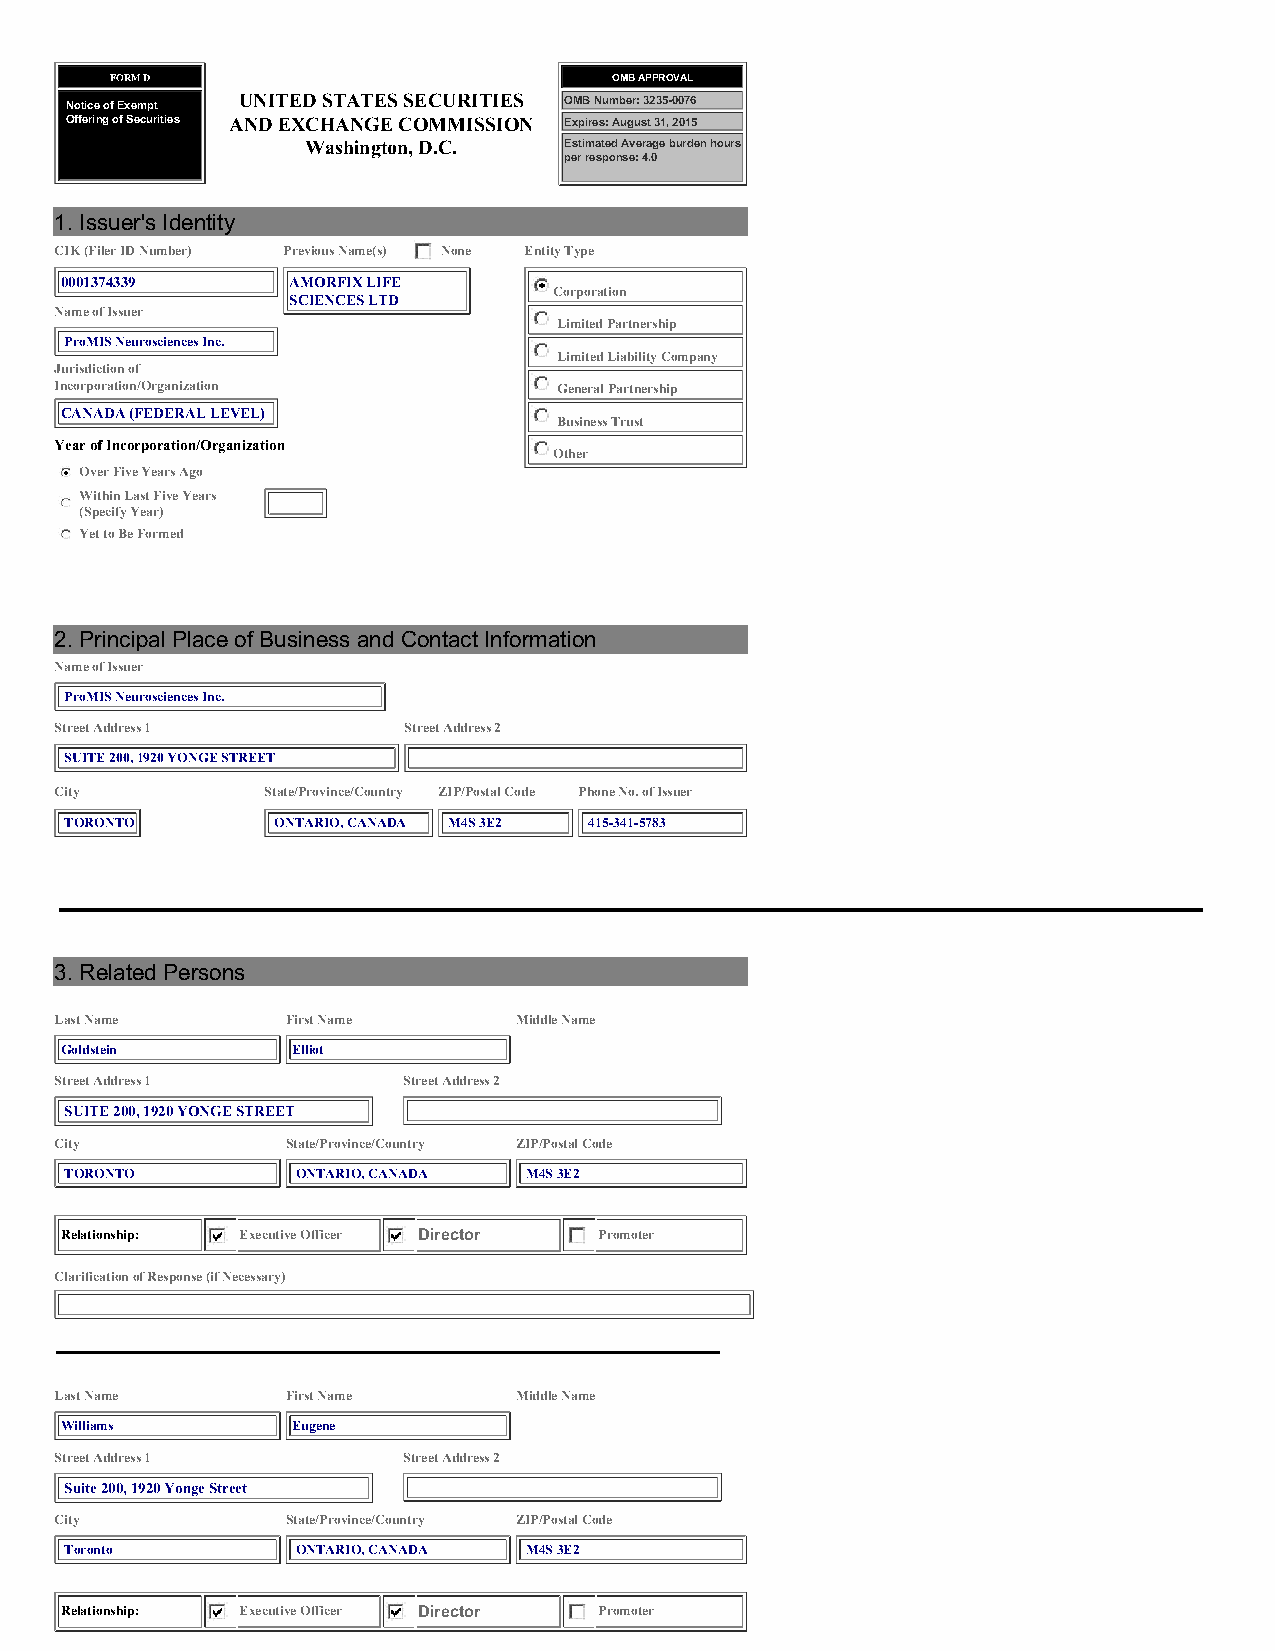
FORM D                            OMB APPROVAL
 Notice of Exempt UNITED STATES SECURITIES OMB Number: 3235-0076
 Offering of Securities AND EXCHANGE COMMISSION Expires: August 31, 2015
 Washington, D.C. Estimated Average burden hours
 per response: 4.0
 1. Issuer's Identity
 CIK (Filer ID Number) Previous Name(s) None Entity Type
 0001374339     AMORFIX LIFE
 Corporation
 SCIENCES LTD
 Name of Issuer
 Limited Partnership
 ProMIS Neurosciences Inc.
 Limited Liability Company
 Jurisdiction of
 Incorporation/Organization       General Partnership
 CANADA (FEDERAL LEVEL)
 Business Trust
 Year of Incorporation/Organization
 Other
 Over Five Years Ago
 Within Last Five Years
 (Specify Year)
 Yet to Be Formed
 2. Principal Place of Business and Contact Information
 Name of Issuer
 ProMIS Neurosciences Inc.
 Street Address 1       Street Address 2
 SUITE 200, 1920 YONGE STREET
 City          State/Province/Country ZIP/Postal Code Phone No. of Issuer
 TORONTO       ONTARIO, CANADA M4S 3E2 415-341-5783
 3. Related Persons
 Last Name      First Name     Middle Name
 Goldstein      Elliot
 Street Address 1       Street Address 2
 SUITE 200, 1920 YONGE STREET
 City           State/Province/Country ZIP/Postal Code
 TORONTO         ONTARIO, CANADA M4S 3E2
 Relationship: Executive Officer Director Promoter
 Clarification of Response (if Necessary)
 Last Name      First Name     Middle Name
 Williams       Eugene
 Street Address 1       Street Address 2
 Suite 200, 1920 Yonge Street
 City           State/Province/Country ZIP/Postal Code
 Toronto         ONTARIO, CANADA M4S 3E2
 Relationship: Executive Officer Director Promoter